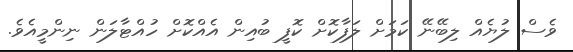
ވެސް ލުޔެއް ލިބޭނޭ ކަމަށް ލަފާކޮށް ކޮފީ ބުއިން އެއްކޮށް ހުއްޓާލަން ނިންމީއެވެ.